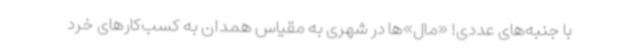
با جنبه‌های عددی! «مال‌»ها در شهری به مقیاس همدان به کسب‌کارهای خرد